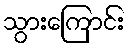
သွားကြောင်း